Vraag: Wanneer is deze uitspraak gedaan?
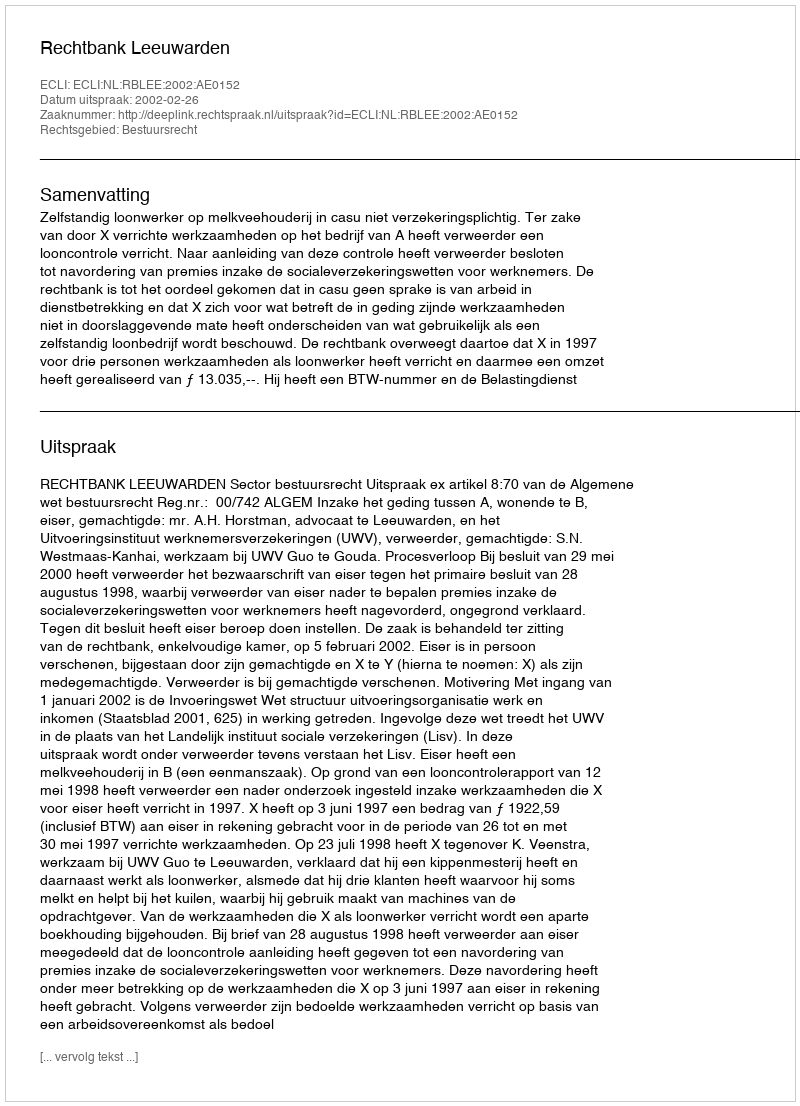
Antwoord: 2002-02-26